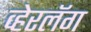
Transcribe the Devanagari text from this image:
व्हेरलॅग